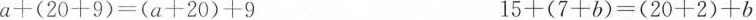
$$a+(20+9)=(a+20)+9$$ $$15+(7+b)=(20+2)+b$$